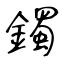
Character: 鐲